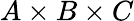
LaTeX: A\times B\times C